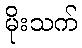
မိုးသက်